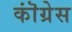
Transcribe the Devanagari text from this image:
कॊंग्रेस